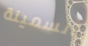
السمينة